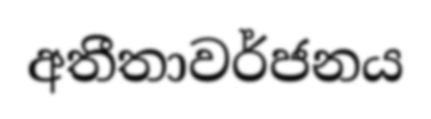
අතීතාවර්ජනය